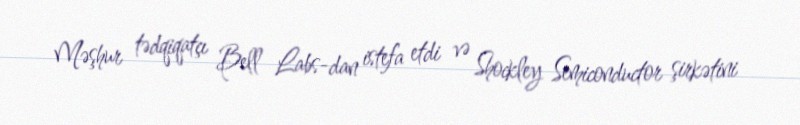
Məşhur tədqiqatçı Bell Labs-dan istefa etdi və Shockley Semiconductor şirkətini